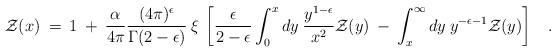
LaTeX: \begin{align*}{\cal Z}(x)\> = \> 1 \> + \> \frac{\alpha}{4\pi} \frac{(4\pi)^\epsilon}{\Gamma(2-\epsilon)} \> \xi \> \left[{\epsilon \over 2 - \epsilon} \int_0^x dy \>{ y^{1-\epsilon}\over x^2} {\cal Z}(y) \> - \> \int_x^\infty dy \> y^{-\epsilon-1} {\cal Z}(y) \right]\;\;\;.\end{align*}